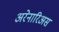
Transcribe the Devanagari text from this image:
अरेनारिअस